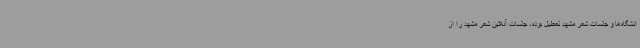
انشگاه‌ها و جلسات شعر مشهد تعطیل بوده، جلسات آنلاین شعر مشهد را از